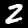
Label: 2